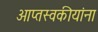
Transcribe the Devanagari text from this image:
आप्तस्वकीयांना